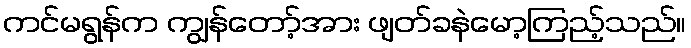
ကင်မရွန်က ကျွန်တော့်အား ဖျတ်ခနဲမော့ကြည့်သည်။